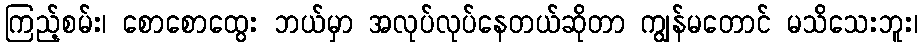
ကြည့်စမ်း၊ စောစောထွေး ဘယ်မှာ အလုပ်လုပ်နေတယ်ဆိုတာ ကျွန်မတောင် မသိသေးဘူး၊